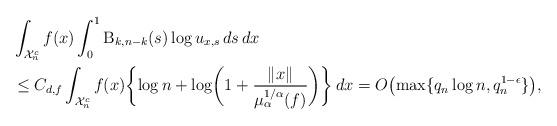
LaTeX: \begin{align*}&\int_{\mathcal{X}_n^c} f(x) \int_0^1 \mathrm{B}_{k,n-k}(s) \log u_{x,s} \, ds \, dx \\&\leq C_{d,f} \int_{\mathcal{X}_n^c} f(x)\biggl\{\log n + \log\biggl(1+ \frac{\|x\|}{\mu_\alpha^{1/\alpha}(f)}\biggr)\biggr\} \, dx = O\bigl(\max\{q_n \log n,q_n^{1-\epsilon}\}\bigr), \end{align*}